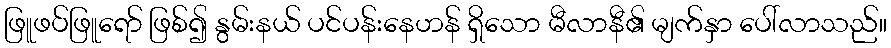
ဖြူဖပ်ဖြူရော် ဖြစ်၍ နွမ်းနယ် ပင်ပန်းနေဟန် ရှိသော မီလာနီ၏ မျက်နှာ ပေါ်လာသည်။